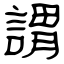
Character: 謂